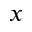
_ x